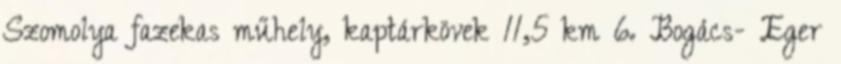
Szomolya fazekas műhely, kaptárkövek 11,5 km 6. Bogács- Eger